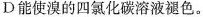
D能使溴的四氯化碳溶液褪色。